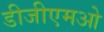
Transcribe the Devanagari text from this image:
डीजीएमओ